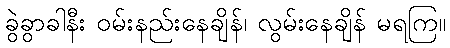
ခွဲခွာခါနီး ဝမ်းနည်းနေချိန်၊ လွမ်းနေချိန် မရကြ။